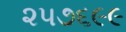
૨૫૭૬૯૯